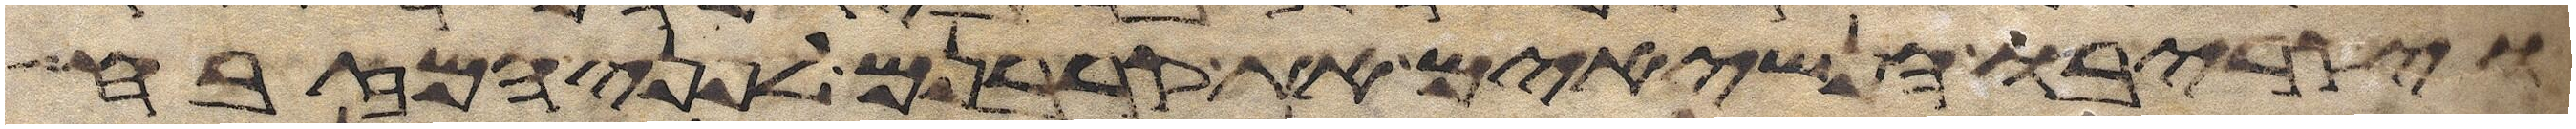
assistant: ויקריבו הנשיאים את קרבנם לפני המזבח